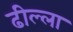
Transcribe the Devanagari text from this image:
ढील्ला